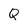
Character: Q